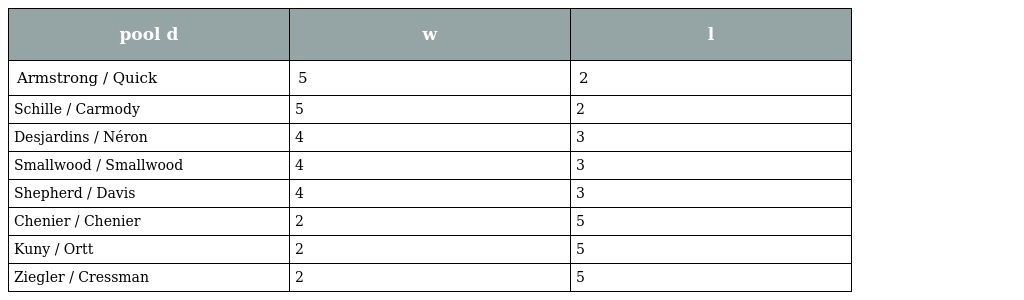
| pool d | w | l |
 | --- | --- | --- |
 | Armstrong / Quick | 5 | 2 |
 | Schille / Carmody | 5 | 2 |
 | Desjardins / Néron | 4 | 3 |
 | Smallwood / Smallwood | 4 | 3 |
 | Shepherd / Davis | 4 | 3 |
 | Chenier / Chenier | 2 | 5 |
 | Kuny / Ortt | 2 | 5 |
 | Ziegler / Cressman | 2 | 5 |